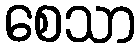
စေသာ